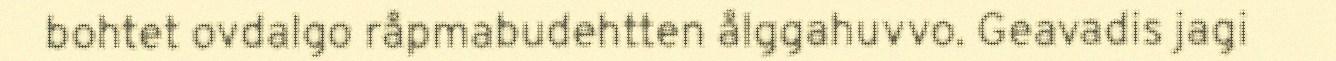
bohtet ovdalgo råpmabudehtten ålggahuvvo. Geavadis jagi